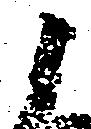
よ